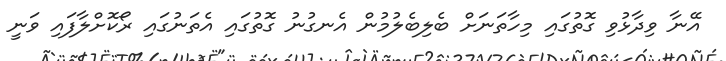
އޭނާ ވިދާޅުވި ގޮތުގައި މިހާތަނަށް ބެލިބެލުމުން އެނގުނު ގޮތުގައި އެތަނުގައި ރޯކޮށްލާފައި ވަނީ